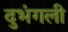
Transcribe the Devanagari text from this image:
दुभंगली